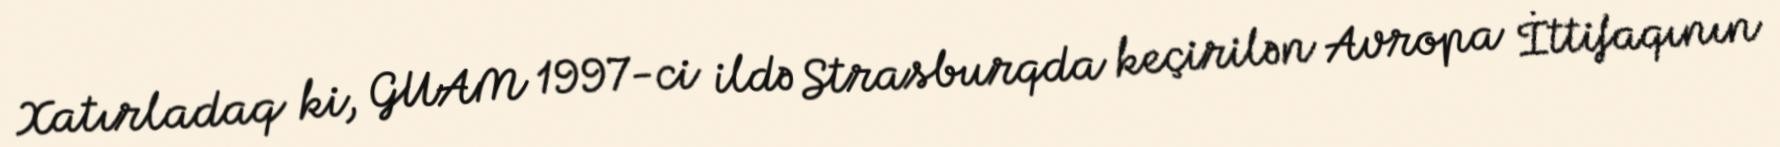
Xatırladaq ki, GUAM 1997-ci ildə Strasburqda keçirilən Avropa İttifaqının